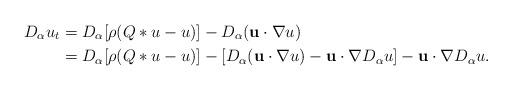
LaTeX: \begin{align*}D_\alpha u_t & = D_\alpha[\rho(Q\ast u - u) ] - D_\alpha (\mathbf{u}\cdot \nabla u)\\& = D_\alpha[\rho(Q\ast u - u) ] - [ D_\alpha(\mathbf{u}\cdot\nabla u) - \mathbf{u}\cdot \nabla D_\alpha u] - \mathbf{u}\cdot \nabla D_\alpha u.\end{align*}